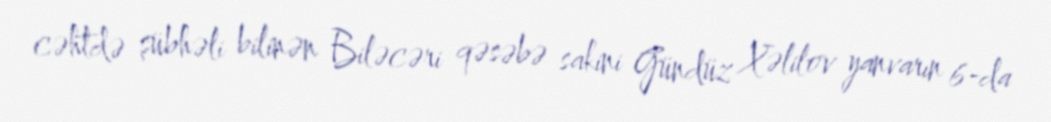
cəhtdə şübhəli bilinən Biləcəri qəsəbə sakini Gündüz Xəlilov yanvarın 6-da